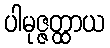
ပါမုဇ္ဇတ္ထာယ